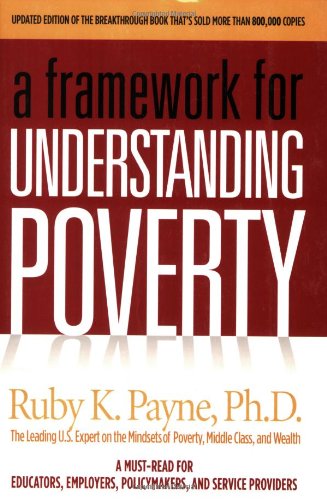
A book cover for A Framework for Understanding Poverty 4th Edition; Ruby K. Payne; Politics & Social Sciences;